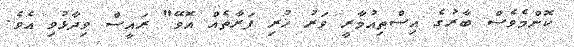
ކޮންމެވެސް ބާރުގެ އިސްތިއުމާރީ ވަރު ހުރި ފަރާތެއް އޮވޭ" ރައީސް ވިދާޅުވި އެވެ.